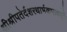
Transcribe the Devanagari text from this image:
श्रीश्रीपतेर्दशरथार्भकभावपूर्तेः